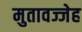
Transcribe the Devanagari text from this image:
मुतावज्जेह